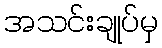
အသင်းချုပ်မှ